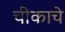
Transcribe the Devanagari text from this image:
चीकाचे